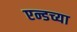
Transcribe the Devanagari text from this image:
एन्डच्या